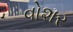
વોશર